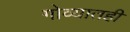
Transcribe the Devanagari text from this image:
गोव्यातही